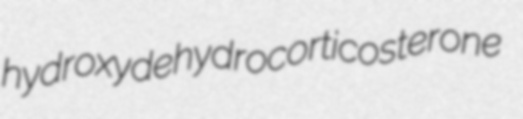
hydroxydehydrocorticosterone